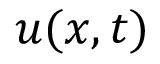
u ( x , t )